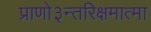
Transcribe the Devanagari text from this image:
प्राणो३न्तरिक्षमात्मा